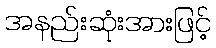
အနည်းဆုံးအားဖြင့်